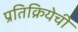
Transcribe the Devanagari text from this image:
प्रतिक्रियेची